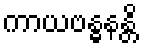
ကာယဗန္ဓနန္တိ